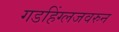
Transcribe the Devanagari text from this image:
गडहिंग्लजवरुन